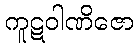
ကူဋဝါဏိဇော